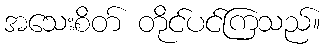
အသေးစိတ် တိုင်ပင်ကြသည်။